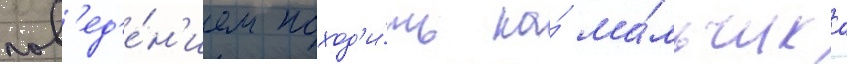
пов'ед'е́н'ием поход'и́ть на́ ма́льчика